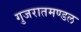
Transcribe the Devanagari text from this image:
गुजरातमण्डल